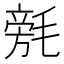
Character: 𣯟